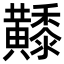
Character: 𪏦